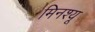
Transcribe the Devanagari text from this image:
मिनश्यू